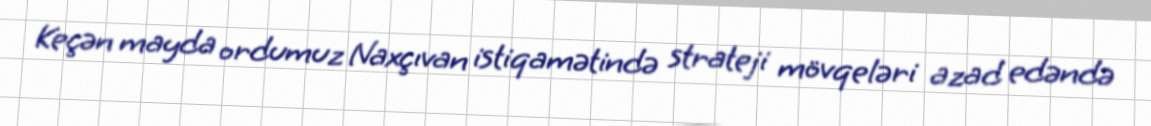
Keçən mayda ordumuz Naxçıvan istiqamətində strateji mövqeləri azad edəndə